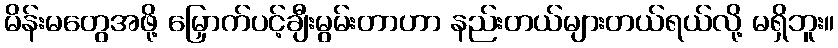
မိန်းမတွေအဖို့ မြှောက်ပင့်ချီးမွမ်းတာဟာ နည်းတယ်များတယ်ရယ်လို့ မရှိဘူး။